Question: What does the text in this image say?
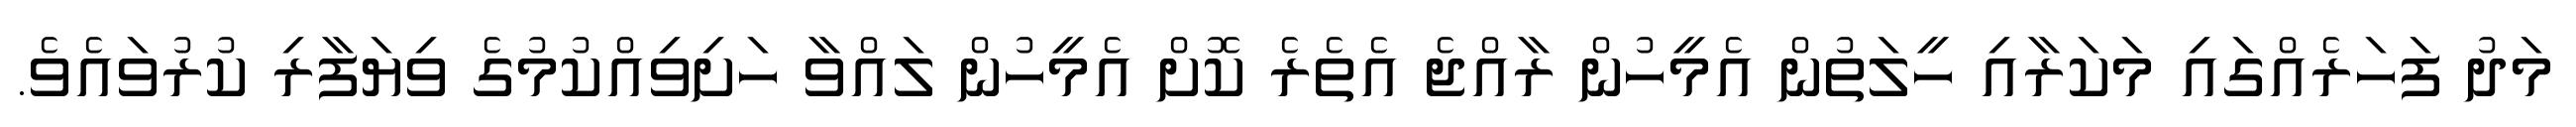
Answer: މަދު ފަހަރެއްގައި މަކަރާއި ހީލަތުން އެމީހުން ރާއްޖެ އެތެރެ ކޮށް އެމީހުން ލައްވާ ހަށިވިއްކުމުގެ ވިޔަފާރި ކުރުވައެވެ.